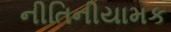
નીતિનીયામક